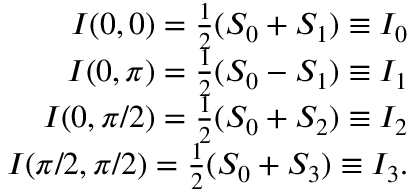
\begin{array} { r l r } & { } & { I ( 0 , 0 ) = \frac { 1 } { 2 } ( S _ { 0 } + S _ { 1 } ) \equiv I _ { 0 } } \\ & { } & { I ( 0 , \pi ) = \frac { 1 } { 2 } ( S _ { 0 } - S _ { 1 } ) \equiv I _ { 1 } } \\ & { } & { I ( 0 , \pi / 2 ) = \frac { 1 } { 2 } ( S _ { 0 } + S _ { 2 } ) \equiv I _ { 2 } } \\ & { } & { I ( \pi / 2 , \pi / 2 ) = \frac { 1 } { 2 } ( S _ { 0 } + S _ { 3 } ) \equiv I _ { 3 } . } \end{array}